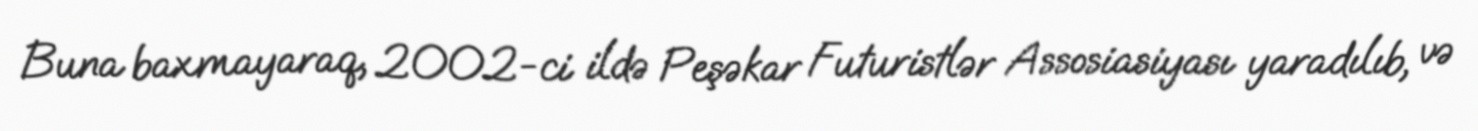
Buna baxmayaraq, 2002-ci ildə Peşəkar Futuristlər Assosiasiyası yaradılıb, və